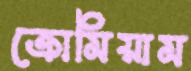
ক্রোমিয়াম